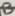
Text: B